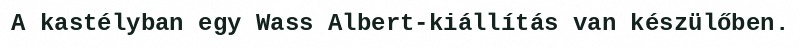
A kastélyban egy Wass Albert-kiállítás van készülőben.